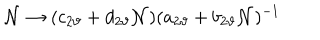
LaTeX: { \cal N } \rightarrow ( c _ { 2 \vartheta } + d _ { 2 \vartheta } { \cal N } ) ( a _ { 2 \vartheta } + b _ { 2 \vartheta } { \cal N } ) ^ { - 1 }